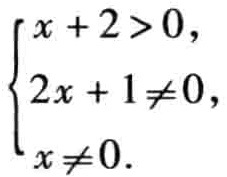
\[\begin{cases}
x + 2 > 0, \\
2x + 1 \neq 0, \\
x \neq 0.
\end{cases}\]